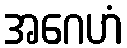
အဂေဟံ